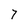
Character: 7